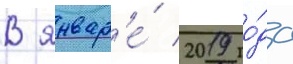
В январ'е́ 2019 го́да